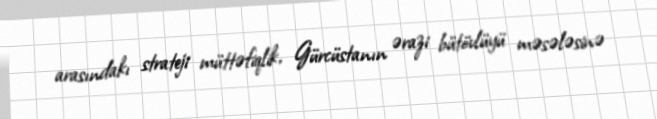
arasındakı strateji müttəfiqlik, Gürcüstanın ərazi bütövlüyü məsələsinə